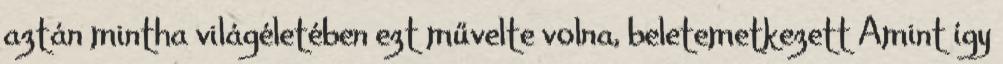
aztán mintha világéletében ezt művelte volna, beletemetkezett Amint így